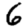
Digit: 6